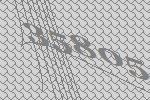
35805